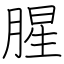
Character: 腥